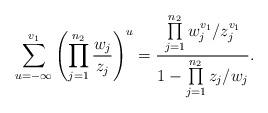
LaTeX: \begin{align*}\sum\limits_{u=-\infty}^{v_1}\left(\prod\limits_{j=1}^{n_2}\frac{w_j}{z_j}\right)^u=\frac{\prod\limits_{j=1}^{n_2}w_j^{v_1}/z_j^{v_1}}{1-\prod\limits_{j=1}^{n_2}z_j/w_j}.\end{align*}